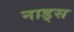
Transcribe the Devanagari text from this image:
नाड्स